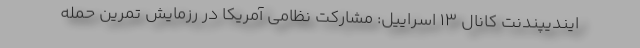
ایندیپندنت کانال 13 اسراییل: مشارکت نظامی آمریکا در رزمایش تمرین حمله